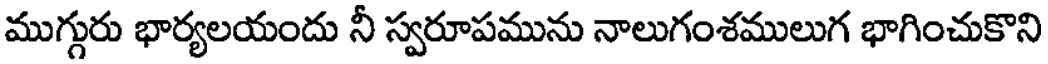
ముగ్గురు భార్యలయందు నీ స్వరూపమును నాలుగంశములుగ భాగించుకొని